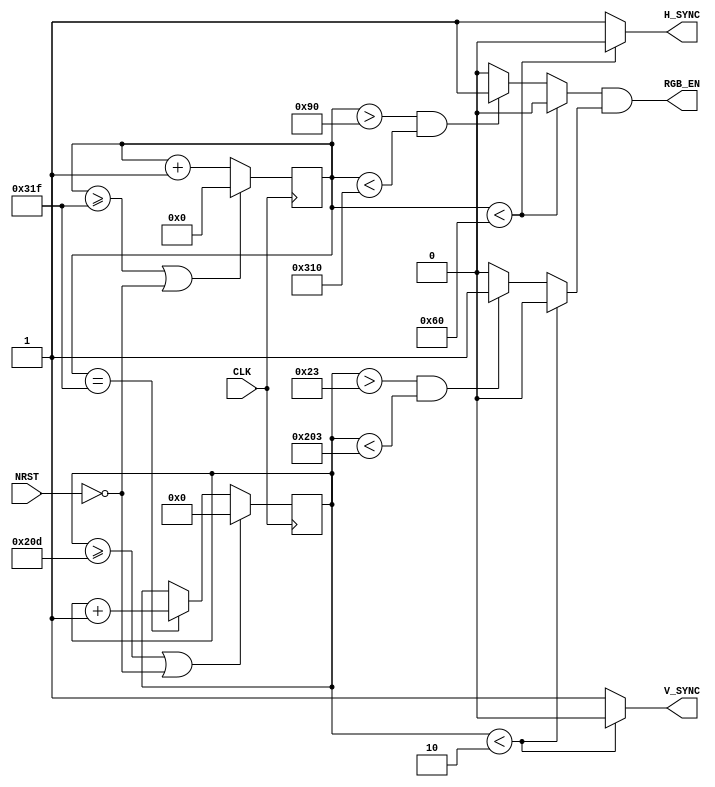
/***********************************************************
 * @author  Jon Hourany
 * @date  4/04/13
 * @class  EECE 444
 *
 * @file  Controller.v
 * @proj  Video Card
 *
 * @long  Using the following timing for V_SYNC I can
 *   
 ************************************************************/
module Controller(CLK, NRST, H_SYNC, V_SYNC, RGB_EN);
    input  wire CLK;        /*< CLK input from Top module                         >*/
    input  wire NRST;       /*< Reset input from Top module                       >*/
    output wire RGB_EN;     /*< Enables RGB values durning display time on H_SYNC >*/
    output reg  H_SYNC;     /*< Goes to VGA Horizontal Sync                       >*/
    output reg  V_SYNC;     /*< Goes to VGA Verical Sync                          >*/

    reg [9:0]  h_counter;   /*< Tracks amount of pulses from CLK             >*/
    reg [18:0] v_counter;   /*< Tracks amount of pulses from H_SYNC          >*/
    reg        h_display;   /*< Used to track when H_SYNC is in display zone >*/
    reg        v_display;   /*< Used to track when V_SYNC is in display zone >*/

    `define H_SYNC_PULSE        10'd96   /*< Length of Sync Pulse           >*/
    `define H_BACK_PORCH_END    10'd144  /*< Pulse len + Porch Len          >*/
    `define H_FRONT_PORCH_STRT  10'd784  /*< Front Porch Len - Max          >*/
    `define H_COUNT_MAX         10'd799  /*< Max line pulses for resolution >*/

    `define V_SYNC_PULSE        19'd2    /*< 2 H_SYNC lines                 >*/
    `define V_BACK_PORCH_END    19'd35   /*< 33+2 H_SYNC lines              >*/
    `define V_FRONT_PORCH_STRT  19'd515  /*< 525-10 H_SYNC lines            >*/
    `define V_COUNT_MAX         19'd525  /*< 525 H_SYNC lines               >*/

    /*** Logic for H_SYNC ***/
    always @(*) begin
       if (h_counter < `H_SYNC_PULSE) begin
          H_SYNC   = 0;
          h_display  = 0;
       end
       /* If H_Sync is in the display zone, enable RGB */
       else if (h_counter > `H_BACK_PORCH_END && h_counter < `H_FRONT_PORCH_STRT) begin
          H_SYNC   = 1;
          h_display  = 1;
       end
       /* During the Front Porch period, disable RGB */
       else begin
          H_SYNC   = 1;
          h_display = 0;
       end
    end

    /*** Logic for V_SYNC ***/
    always @(*) begin
        if (v_counter < `V_SYNC_PULSE) begin
            V_SYNC      = 0;
            v_display   = 0;
        end
       else if (v_counter > `V_BACK_PORCH_END && v_counter < `V_FRONT_PORCH_STRT) begin
          V_SYNC  = 1;
          v_display  = 1;
       end
       else begin
          V_SYNC  = 1;
          v_display  = 0;
       end
    end

    /*** Counter logic ***/
    always @(posedge CLK) begin
       if (h_counter >= `H_COUNT_MAX || !NRST) begin
          h_counter <= 10'b00;
       end
       else begin
           h_counter <= h_counter + 1;
       end
    end

    always @(posedge CLK) begin
       if (v_counter >= `V_COUNT_MAX || !NRST) begin
          v_counter <= 11'b00;
       end
       else if (h_counter == `H_COUNT_MAX) begin
          v_counter <= v_counter + 1;
       end
    end

 assign RGB_EN = (h_display & v_display);

endmodule